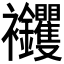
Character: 𧟝